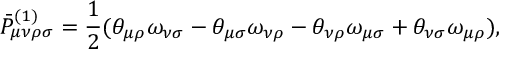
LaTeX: \bar { P } _ { \mu \nu \rho \sigma } ^ { ( 1 ) } = \frac { 1 } { 2 } ( \theta _ { \mu \rho } \omega _ { \nu \sigma } - \theta _ { \mu \sigma } \omega _ { \nu \rho } - \theta _ { \nu \rho } \omega _ { \mu \sigma } + \theta _ { \nu \sigma } \omega _ { \mu \rho } ) ,